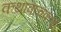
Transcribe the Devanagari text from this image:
कथावाचकाची